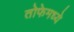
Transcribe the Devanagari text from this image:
तोफेमध्ये